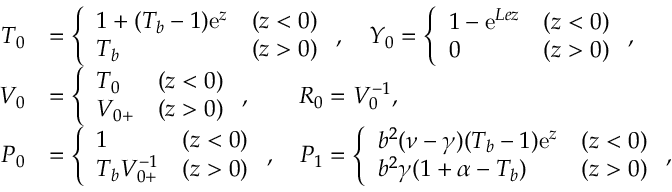
\begin{array} { r l } { { T } _ { 0 } } & { = \left\{ \begin{array} { l l l } { 1 + ( T _ { b } - 1 ) \mathrm { e } ^ { z } } & { ( z < 0 ) } \\ { T _ { b } } & { ( z > 0 ) } \end{array} \right. , \quad { Y } _ { 0 } = \left\{ \begin{array} { l l l } { 1 - \mathrm { e } ^ { L e z } } & { ( z < 0 ) } \\ { 0 } & { ( z > 0 ) } \end{array} \right. , } \\ { { V } _ { 0 } } & { = \left\{ \begin{array} { l l l } { { T } _ { 0 } } & { ( z < 0 ) } \\ { V _ { 0 + } } & { ( z > 0 ) } \end{array} \right. , \quad \quad { R } _ { 0 } = { V } _ { 0 } ^ { - 1 } , } \\ { { P } _ { 0 } } & { = \left\{ \begin{array} { l l l } { 1 } & { ( z < 0 ) } \\ { T _ { b } V _ { 0 + } ^ { - 1 } } & { ( z > 0 ) } \end{array} \right. , \quad { P } _ { 1 } = \left\{ \begin{array} { l l l } { b ^ { 2 } ( \nu - \gamma ) ( T _ { b } - 1 ) \mathrm { e } ^ { z } } & { ( z < 0 ) } \\ { b ^ { 2 } \gamma ( 1 + \alpha - T _ { b } ) } & { ( z > 0 ) } \end{array} \right. , } \end{array}